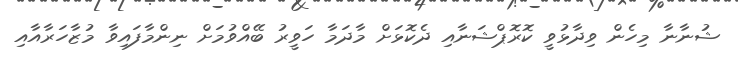
ޝުނާނާ މިހެން ވިދާޅުވީ ކޮރޮޕްޝަނާއި ދެކޮޅަށް މާދަމާ ހަވީރު ބޭއްވުމަށް ނިންމާފައިވާ މުޒާހަރާއާއި